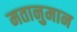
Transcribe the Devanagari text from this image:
मतानुमान